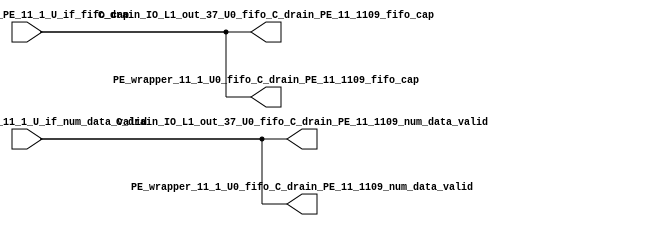
// ==================================================
// RTL generated by RapidStream
//
// Copyright 2024 RapidStream Design Automation, Inc.
// All Rights Reserved.
// ==================================================
`timescale 1 ns / 1 ps
module __rs_kernel3_aux_split_aux_74 #(
    parameter C_S_AXI_CONTROL_DATA_WIDTH  = 32,
    parameter C_S_AXI_CONTROL_ADDR_WIDTH  = 6,
    parameter C_S_AXI_DATA_WIDTH          = 32,
    parameter C_M_AXI_GMEM_A_ID_WIDTH     = 1,
    parameter C_M_AXI_GMEM_A_ADDR_WIDTH   = 64,
    parameter C_M_AXI_GMEM_A_DATA_WIDTH   = 512,
    parameter C_M_AXI_GMEM_A_AWUSER_WIDTH = 1,
    parameter C_M_AXI_GMEM_A_ARUSER_WIDTH = 1,
    parameter C_M_AXI_GMEM_A_WUSER_WIDTH  = 1,
    parameter C_M_AXI_GMEM_A_RUSER_WIDTH  = 1,
    parameter C_M_AXI_GMEM_A_BUSER_WIDTH  = 1,
    parameter C_M_AXI_GMEM_A_USER_VALUE   = 0,
    parameter C_M_AXI_GMEM_A_PROT_VALUE   = 0,
    parameter C_M_AXI_GMEM_A_CACHE_VALUE  = 3,
    parameter C_M_AXI_DATA_WIDTH          = 32,
    parameter C_M_AXI_GMEM_B_ID_WIDTH     = 1,
    parameter C_M_AXI_GMEM_B_ADDR_WIDTH   = 64,
    parameter C_M_AXI_GMEM_B_DATA_WIDTH   = 512,
    parameter C_M_AXI_GMEM_B_AWUSER_WIDTH = 1,
    parameter C_M_AXI_GMEM_B_ARUSER_WIDTH = 1,
    parameter C_M_AXI_GMEM_B_WUSER_WIDTH  = 1,
    parameter C_M_AXI_GMEM_B_RUSER_WIDTH  = 1,
    parameter C_M_AXI_GMEM_B_BUSER_WIDTH  = 1,
    parameter C_M_AXI_GMEM_B_USER_VALUE   = 0,
    parameter C_M_AXI_GMEM_B_PROT_VALUE   = 0,
    parameter C_M_AXI_GMEM_B_CACHE_VALUE  = 3,
    parameter C_M_AXI_GMEM_C_ID_WIDTH     = 1,
    parameter C_M_AXI_GMEM_C_ADDR_WIDTH   = 64,
    parameter C_M_AXI_GMEM_C_DATA_WIDTH   = 512,
    parameter C_M_AXI_GMEM_C_AWUSER_WIDTH = 1,
    parameter C_M_AXI_GMEM_C_ARUSER_WIDTH = 1,
    parameter C_M_AXI_GMEM_C_WUSER_WIDTH  = 1,
    parameter C_M_AXI_GMEM_C_RUSER_WIDTH  = 1,
    parameter C_M_AXI_GMEM_C_BUSER_WIDTH  = 1,
    parameter C_M_AXI_GMEM_C_USER_VALUE   = 0,
    parameter C_M_AXI_GMEM_C_PROT_VALUE   = 0,
    parameter C_M_AXI_GMEM_C_CACHE_VALUE  = 3,
    parameter C_S_AXI_CONTROL_WSTRB_WIDTH = 4,
    parameter C_S_AXI_WSTRB_WIDTH         = 4,
    parameter C_M_AXI_GMEM_A_WSTRB_WIDTH  = 64,
    parameter C_M_AXI_WSTRB_WIDTH         = 4,
    parameter C_M_AXI_GMEM_B_WSTRB_WIDTH  = 64,
    parameter C_M_AXI_GMEM_C_WSTRB_WIDTH  = 64
) (
    output wire [1:0] C_drain_IO_L1_out_37_U0_fifo_C_drain_PE_11_1109_fifo_cap,
    output wire [1:0] C_drain_IO_L1_out_37_U0_fifo_C_drain_PE_11_1109_num_data_valid,
    output wire [1:0] PE_wrapper_11_1_U0_fifo_C_drain_PE_11_1109_fifo_cap,
    output wire [1:0] PE_wrapper_11_1_U0_fifo_C_drain_PE_11_1109_num_data_valid,
    input wire  [1:0] fifo_C_drain_PE_11_1_U_if_fifo_cap,
    input wire  [1:0] fifo_C_drain_PE_11_1_U_if_num_data_valid
);
assign C_drain_IO_L1_out_37_U0_fifo_C_drain_PE_11_1109_fifo_cap = fifo_C_drain_PE_11_1_U_if_fifo_cap;
assign C_drain_IO_L1_out_37_U0_fifo_C_drain_PE_11_1109_num_data_valid = fifo_C_drain_PE_11_1_U_if_num_data_valid;
assign PE_wrapper_11_1_U0_fifo_C_drain_PE_11_1109_fifo_cap = fifo_C_drain_PE_11_1_U_if_fifo_cap;
assign PE_wrapper_11_1_U0_fifo_C_drain_PE_11_1109_num_data_valid = fifo_C_drain_PE_11_1_U_if_num_data_valid;
endmodule